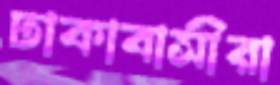
ঢাকাবাসীরা